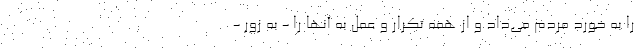
را به خورد مردم می‌داد و از همه تکرار و عمل به آنها را - به زور -